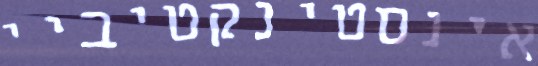
אינסטינקטיביי